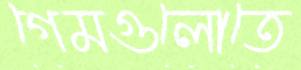
গেমগুলোতে